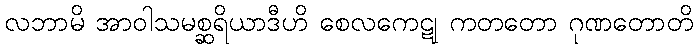
လဘာမိ အာဝါသမစ္ဆရိယာဒီဟိ စေလကေဋု ကတတော ဂုဏတောတိ